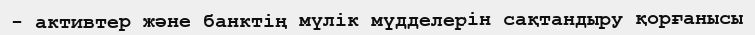
- активтер және банктің мүлік мүдделерін сақтандыру қорғанысы